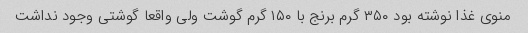
منوی غذا نوشته بود ۳۵۰ گرم برنج با ۱۵۰ گرم گوشت ولی واقعا گوشتی وجود نداشت